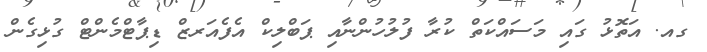
ގއ. އަތޮޅު ގައި މަސައްކަތް ކުރާ ފުލުހުންނާއި ޕަބްލިކް އެފެއަރޒް ޑިޕާޓްމެންޓް ގުޅިގެން